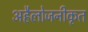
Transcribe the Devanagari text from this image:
अहैलोजनीकृत